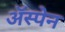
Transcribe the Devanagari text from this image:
अॅस्पेन